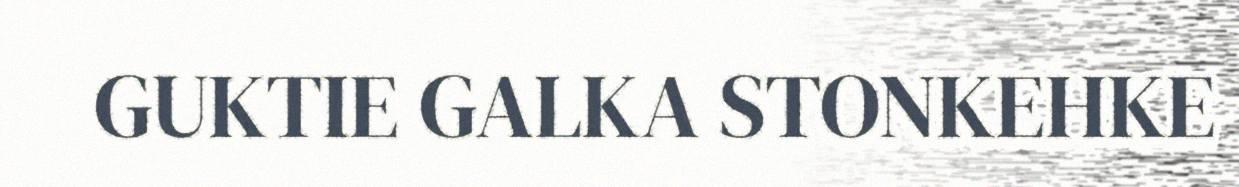
GUKTIE GALKA STONKEHKE